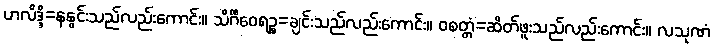
ဟလိဒ္ဒိ=နနွင်းသည်လည်းကောင်း။ သိင်္ဂီဝေရဉ္စ=ချင်းသည်လည်းကောင်း။ ဝစတ္တံ=ဆိတ်ဖူးသည်လည်းကောင်း။ လသုဏံ